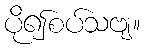
ပို၍စပ်သဗျ။